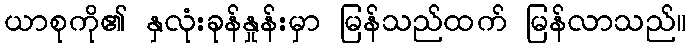
ယာစုကို၏ နှလုံးခုန်နှုန်းမှာ မြန်သည်ထက် မြန်လာသည်။